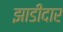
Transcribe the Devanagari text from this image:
झाडीदार